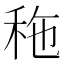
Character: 𥞀